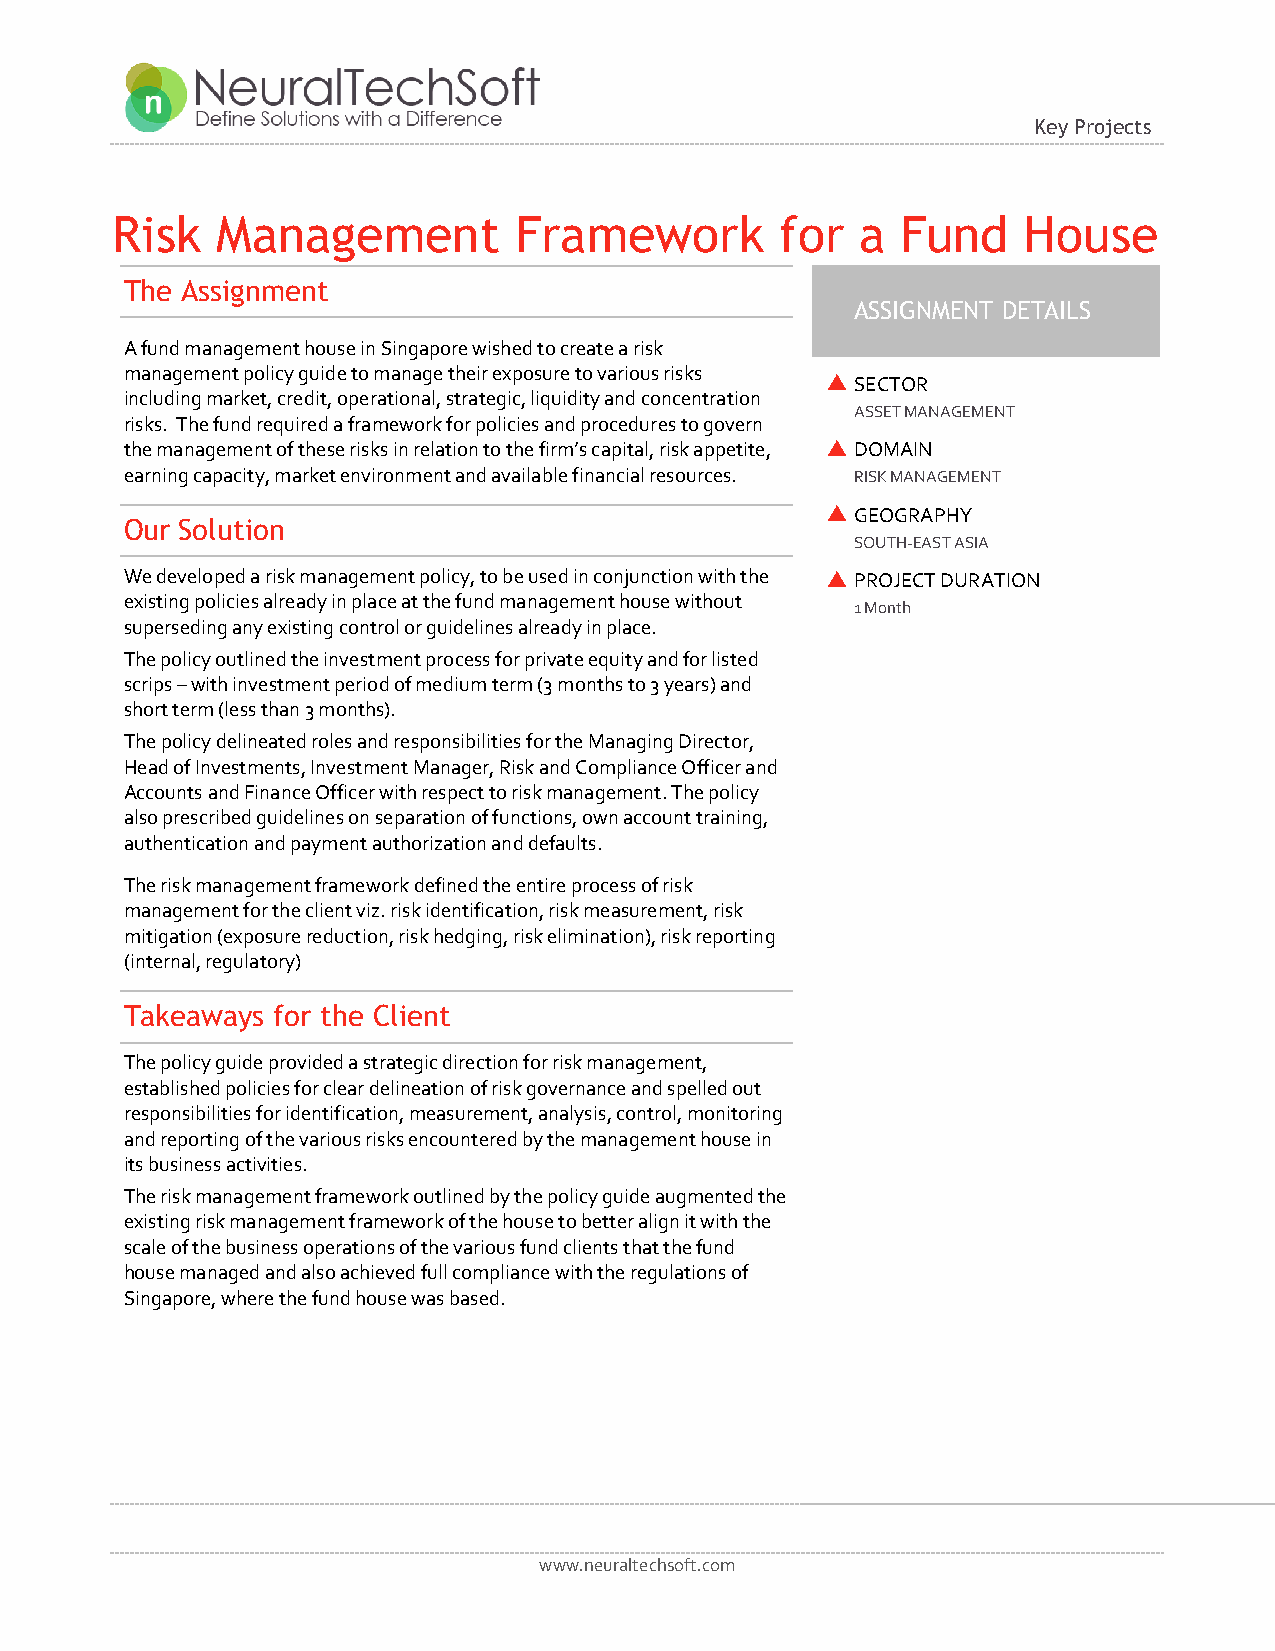
Key Projects
 Risk   Management          Framework         for  a  Fund    House
 The Assignment
 ASSIGNMENT DETAILS
 A fund management house in Singapore wished to create a risk
 management policy guide to manage their exposure to various risks
  SECTOR
 including market, credit, operational, strategic, liquidity and concentration
 ASSET MANAGE MENT
 risks. The fund required a framework for policies and procedures to govern
 the management of these risks in relation to the firm’s capital, risk appetite,  DOMAIN
 earning capacity, market environment and available financial resources. RISK MANAGEMENT
  GEOGRAPHY
 Our Solution
 SOUTH-EAST ASIA
 We developed a risk management policy, to be used in conjunction with the  PROJECT DURATION
 existing policies already in place at the fund management house without
 1 Month
 superseding any existing control or guidelines already in place.
 The policy outlined the investment process for private equity and for listed
 scrips – with investment period of medium term (3 months to 3 years) and
 short term (less than 3 months).
 The policy delineated roles and responsibilities for the Managing Director,
 Head of Investments, Investment Manager, Risk and Compliance Officer and
 Accounts and Finance Officer with respect to risk management. The policy
 also prescribed guidelines on separation of functions, own account training,
 authentication and payment authorization and defaults.
 The risk management framework defined the entire process of risk
 management for the client viz. risk identification, risk measurement, risk
 mitigation (exposure reduction, risk hedging, risk elimination), risk reporting
 (internal, regulatory)
 Takeaways for the Client
 The policy guide provided a strategic direction for risk management,
 established policies for clear delineation of risk governance and spelled out
 responsibilities for identification, measurement, analysis, control, monitoring
 and reporting of the various risks encountered by the management house in
 its business activities.
 The risk management framework outlined by the policy guide augmented the
 existing risk management framework of the house to better align it with the
 scale of the business operations of the various fund clients that the fund
 house managed and also achieved full compliance with the regulations of
 Singapore, where the fund house was based.
 www.neuraltechsoft.com